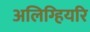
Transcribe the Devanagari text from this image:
अलिग्हियरि